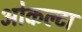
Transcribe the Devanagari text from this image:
ओकल्टा